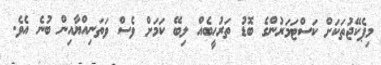
މިޕެކޭޖުތަކަށް ކަސްޓަމަރުންގެ ބޮޑު ތަރުހީބެއް ލިބޭ ކަމަށް ވެސް ވަތަނިއްޔާއިން ބުނެ އެވެ.